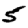
Digit: 5